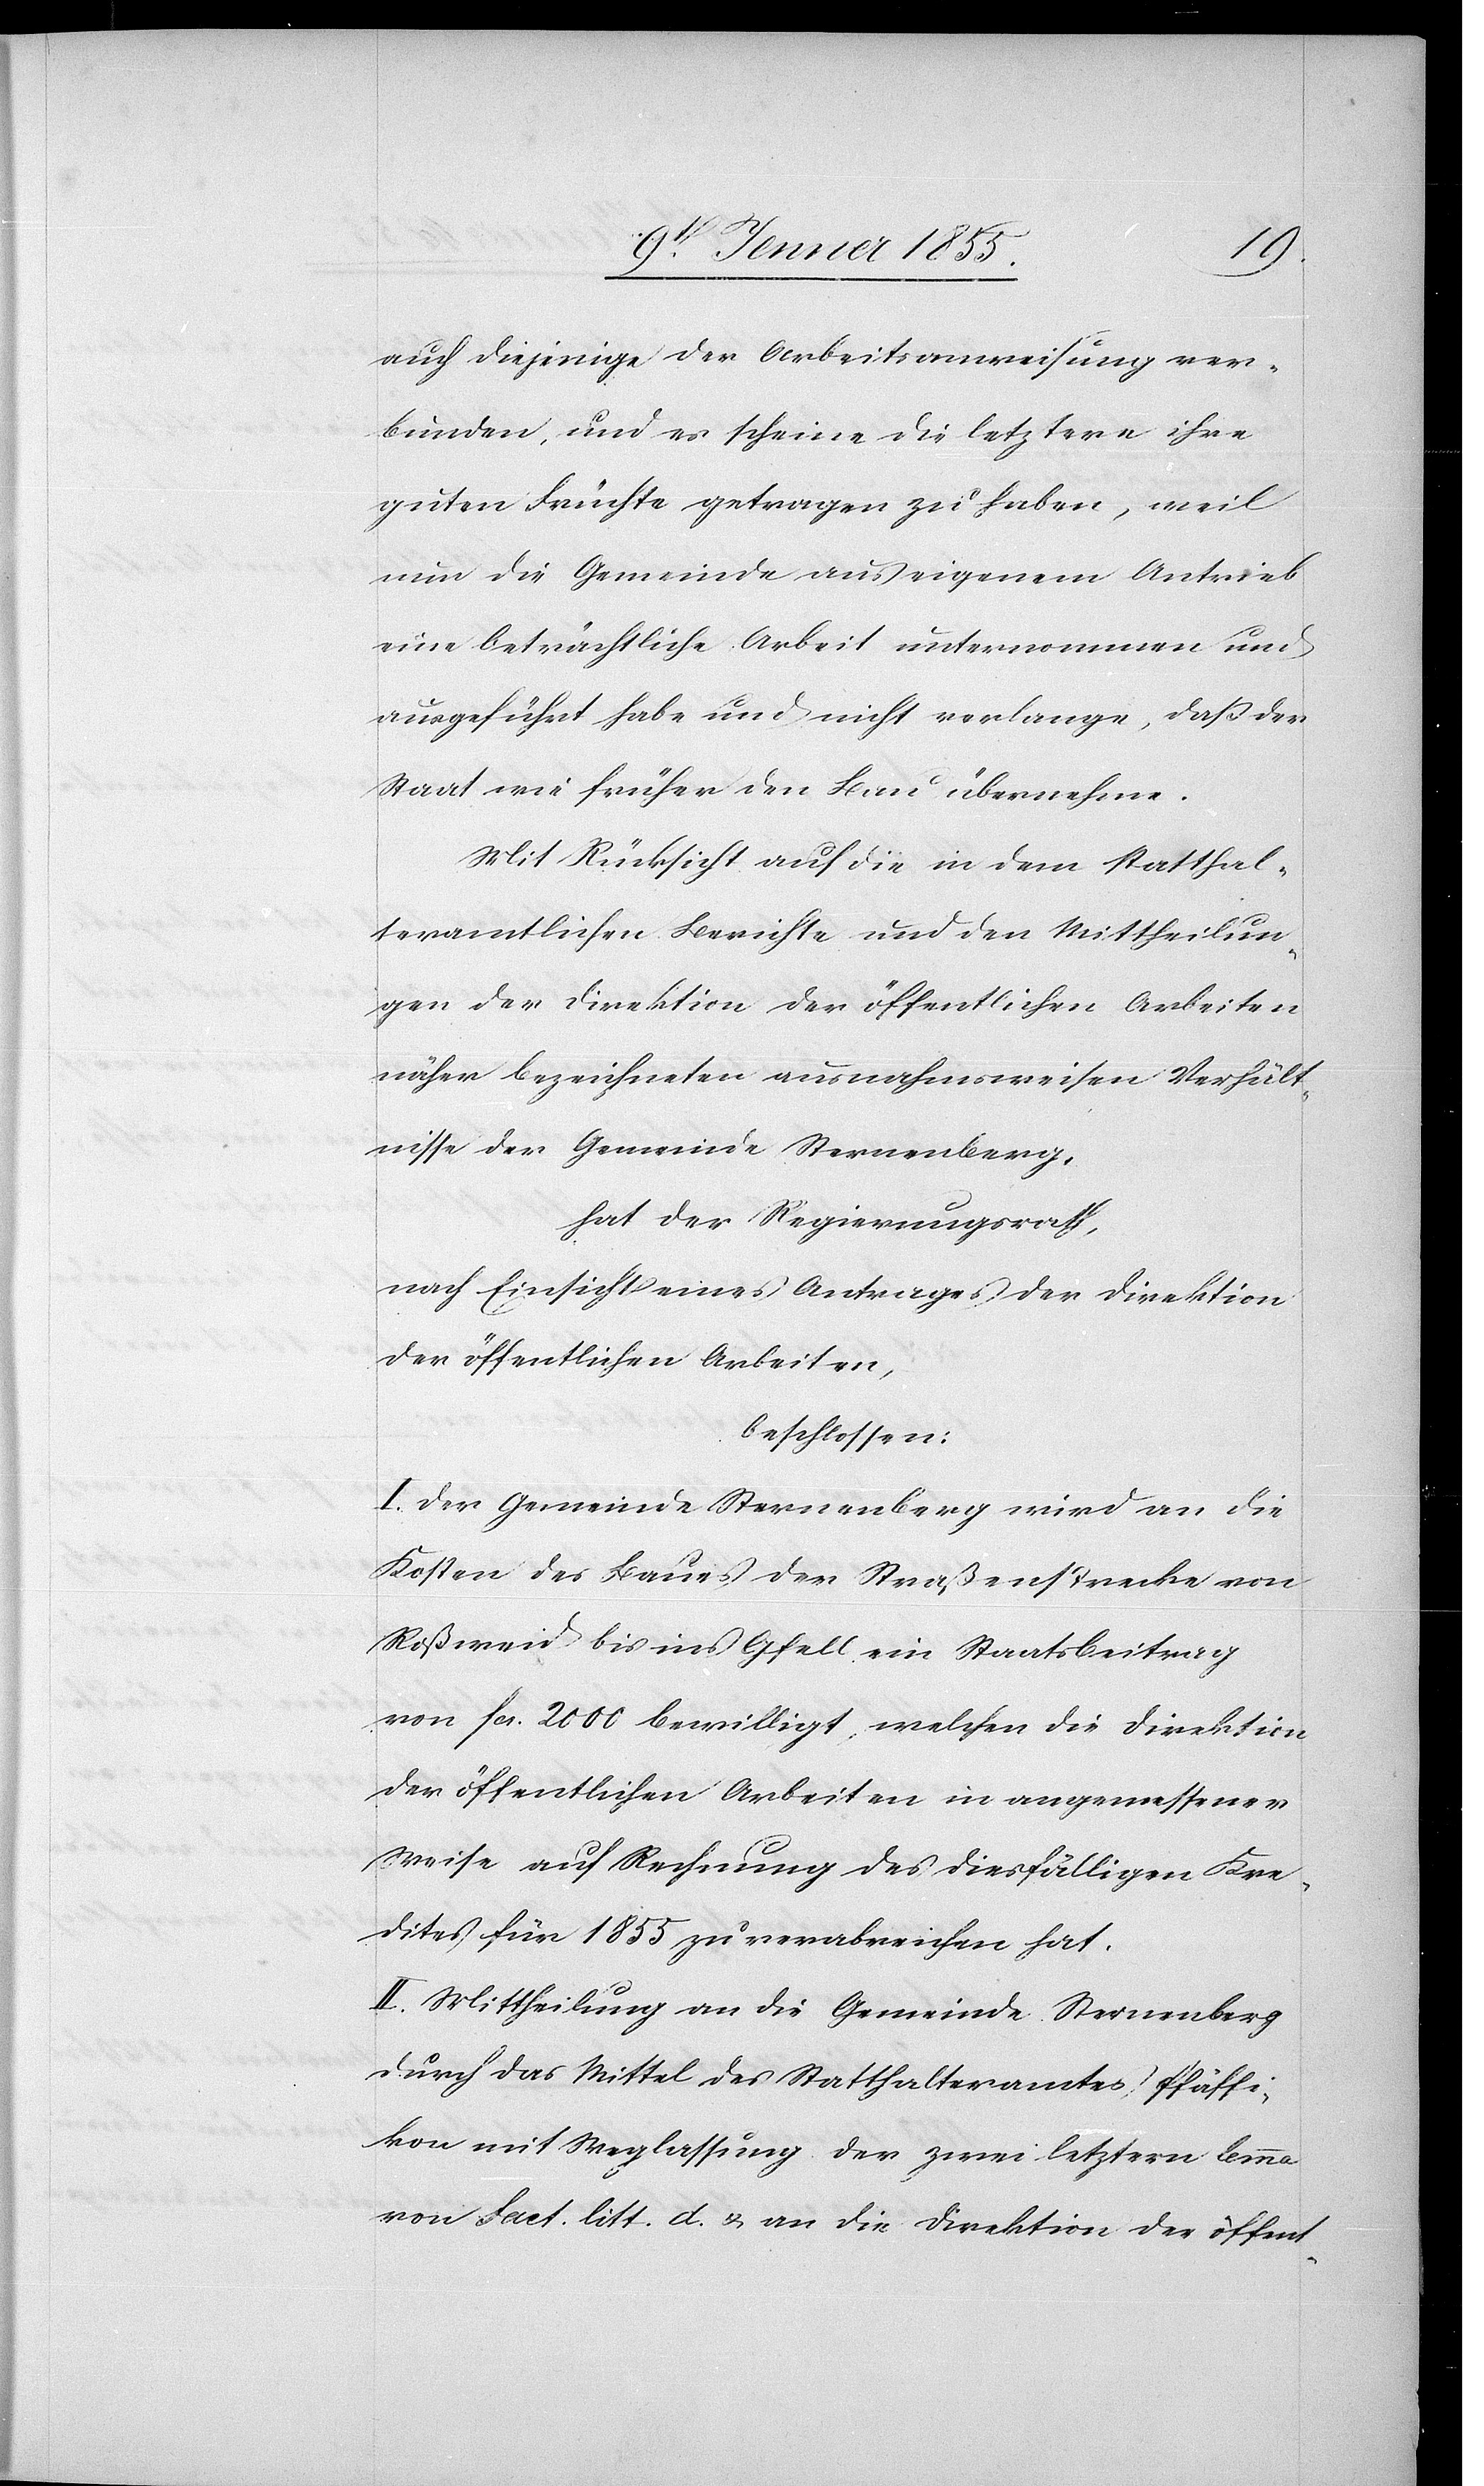
auch diejenige der Arbeitsanweisung ver¬
bunden, und es scheine die letztere ihre
guten Früchte getragen zu haben, weil
nun die Gemeinde aus eigenem Antrieb
eine beträchtliche Arbeit unternommen und
ausgeführt habe und nicht verlange, daß der
Staat wie früher den Bau übernehme.
Mit Rücksicht auf die in dem statthal¬
teramtlichen Berichte und den Mittheilun¬
gen der Direktion der öffentlichen Arbeiten
näher bezeichneten ausnahmsweisen Verhält¬
nisse der Gemeinde Sternenberg,
hat der Regierungsrath,
nach Einsicht eines Antrages der Direktion
der öffentlichen Arbeiten,
beschlossen:
I. Der Gemeinde Sternenberg wird an die
Kosten des Baues der Straßenstrecke von
Roßweid bis ins Gfell ein Staatsbeitrag
von Fcs. 2000 bewilligt, welchen die Direktion
der öffentlichen Arbeiten in angemessener
Weise auf Rechnung des diesfälligen Kre¬
dites für 1855 zu verabreichen hat.
II. Mittheilung an die Gemeinde Sternenberg
durch das Mittel des Statthalteramtes Pfäffi¬
kon mit Weglassung der zwei letztern lemma
von Fact. litt. d. & an die Direktion der öffent-